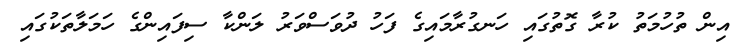
އިން ތުހުމަތު ކުރާ ގޮތުގައި ހަނގުރާމައިގެ ފަހު ދުވަސްވަރު ލަންކާ ސިފައިންގެ ހަމަލާތަކުގައި